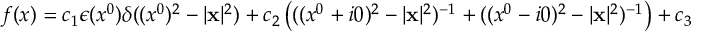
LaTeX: f ( x ) = c _ { 1 } \epsilon ( x ^ { 0 } ) \delta ( ( x ^ { 0 } ) ^ { 2 } - | { \bf x } | ^ { 2 } ) + c _ { 2 } \left( ( ( x ^ { 0 } + i 0 ) ^ { 2 } - | { \bf x } | ^ { 2 } ) ^ { - 1 } + ( ( x ^ { 0 } - i 0 ) ^ { 2 } - | { \bf x } | ^ { 2 } ) ^ { - 1 } \right) + c _ { 3 }